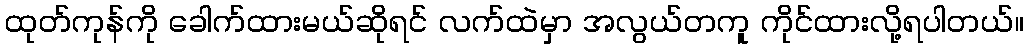
ထုတ်ကုန်ကို ခေါက်ထားမယ်ဆိုရင် လက်ထဲမှာ အလွယ်တကူ ကိုင်ထားလို့ရပါတယ်။